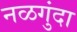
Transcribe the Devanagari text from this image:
नळगुंदा